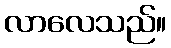
လာလေသည်။